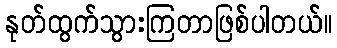
နုတ်ထွက်သွားကြတာဖြစ်ပါတယ်။